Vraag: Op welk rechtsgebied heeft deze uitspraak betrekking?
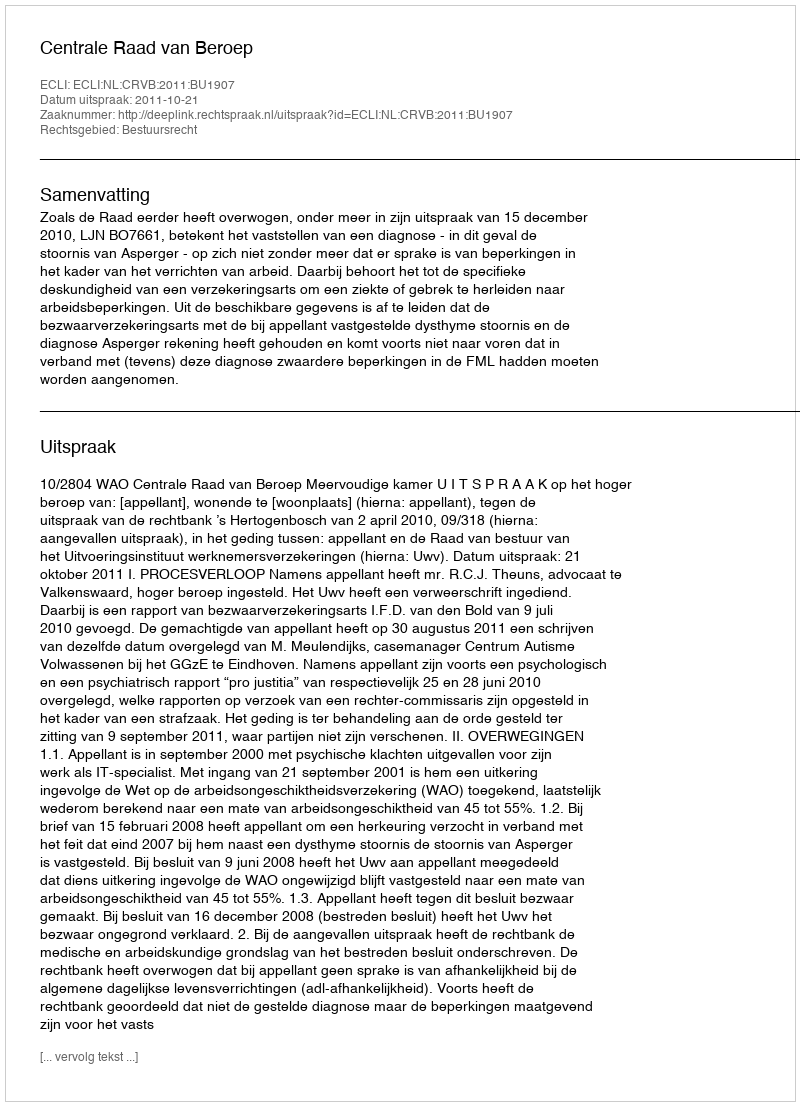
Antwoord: Bestuursrecht